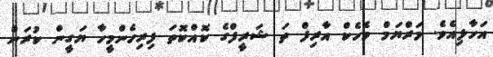
އަހާލިއެވެ. މަރްޔަމް މެހެކް އާރިފް ތަ ޝަރީފްގެ ކޮއްކޮތަ ފިރިހެންމީހާ ޔަގީން ކުރަން